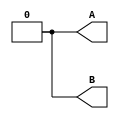
module top_module ( output reg A, output reg B );//

    // generate input patterns here
    initial begin
		A=0; B=0;
        #10 A=1;
        #5 B=1;
        #5 A=0;
        #20 B=0;
    end

endmodule